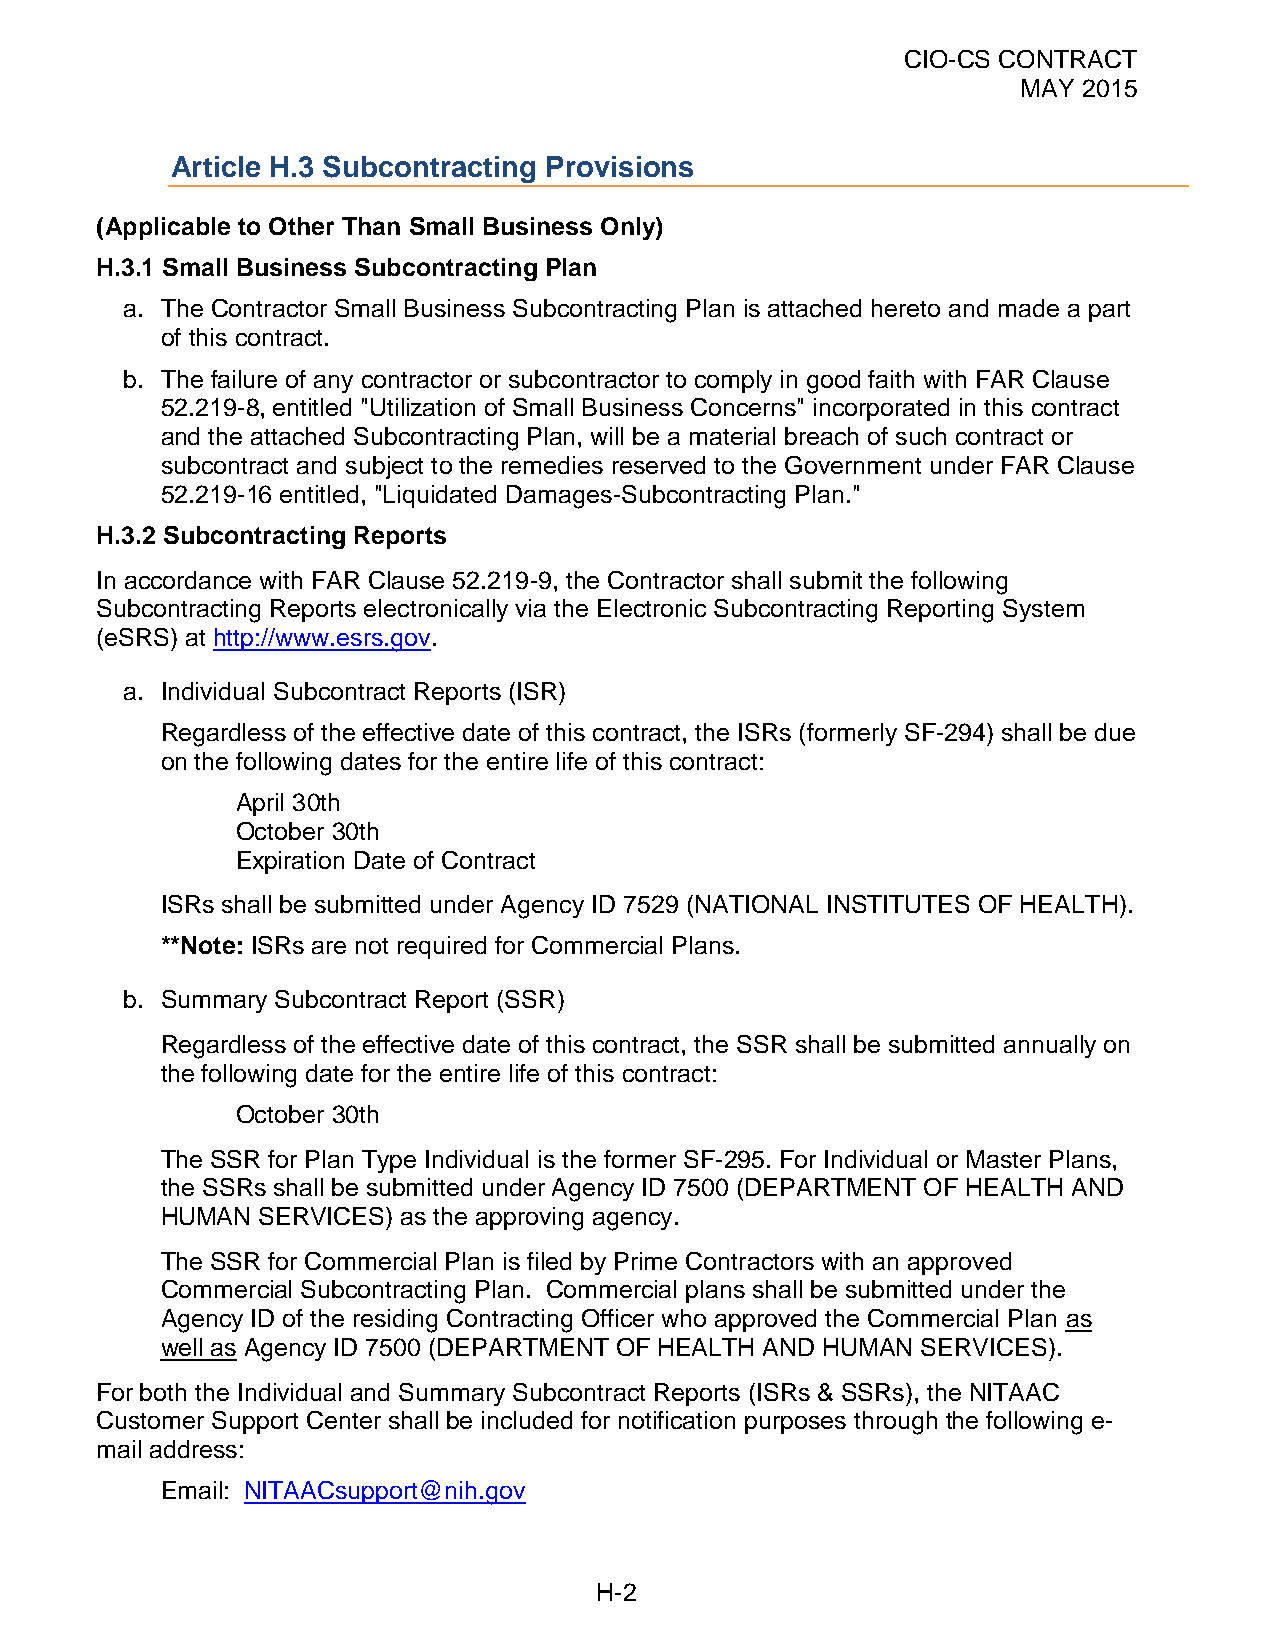
CIO-CS CONTRACT
 MAY 2015
 Article H.3 Subcontracting Provisions
 (Applicable to Other Than Small Business Only)
 H.3.1 Small Business Subcontracting Plan
 a. The Contractor Small Business Subcontracting Plan is attached hereto and made a part
 of this contract.
 b. The failure of any contractor or subcontractor to comply in good faith with FAR Clause
 52.219-8, entitled "Utilization of Small Business Concerns" incorporated in this contract
 and the attached Subcontracting Plan, will be a material breach of such contract or
 subcontract and subject to the remedies reserved to the Government under FAR Clause
 52.219-16 entitled, "Liquidated Damages-Subcontracting Plan."
 H.3.2 Subcontracting Reports
 In accordance with FAR Clause 52.219-9, the Contractor shall submit the following
 Subcontracting Reports electronically via the Electronic Subcontracting Reporting System
 (eSRS) at http://www.esrs.gov.
 a. Individual Subcontract Reports (ISR)
 Regardless of the effective date of this contract, the ISRs (formerly SF-294) shall be due
 on the following dates for the entire life of this contract:
 April 30th
 October 30th
 Expiration Date of Contract
 ISRs shall be submitted under Agency ID 7529 (NATIONAL INSTITUTES OF HEALTH).
 **Note: ISRs are not required for Commercial Plans.
 b. Summary Subcontract Report (SSR)
 Regardless of the effective date of this contract, the SSR shall be submitted annually on
 the following date for the entire life of this contract:
 October 30th
 The SSR for Plan Type Individual is the former SF-295. For Individual or Master Plans,
 the SSRs shall be submitted under Agency ID 7500 (DEPARTMENT OF HEALTH AND
 HUMAN SERVICES) as the approving agency.
 The SSR for Commercial Plan is filed by Prime Contractors with an approved
 Commercial Subcontracting Plan. Commercial plans shall be submitted under the
 Agency ID of the residing Contracting Officer who approved the Commercial Plan as
 well as Agency ID 7500 (DEPARTMENT OF HEALTH AND HUMAN SERVICES).
 For both the Individual and Summary Subcontract Reports (ISRs & SSRs), the NITAAC
 Customer Support Center shall be included for notification purposes through the following e-
 mail address:
 Email: NITAACsupport@nih.gov
 H-2